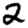
Digit: 2